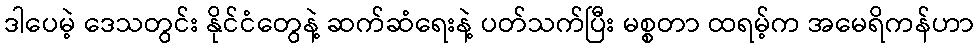
ဒါပေမဲ့ ဒေသတွင်း နိုင်ငံတွေနဲ့ ဆက်ဆံရေးနဲ့ ပတ်သက်ပြီး မစ္စတာ ထရမ့်က အမေရိကန်ဟာ